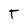
Character: T